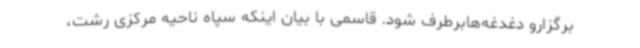
برگزارو دغدغه‌هابرطرف شود. قاسمی با بیان اینکه سپاه ناحیه مرکزی رشت،